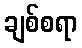
ချစ်စရာ